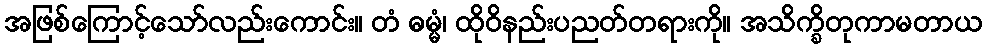
အဖြစ်ကြောင့်သော်လည်းကောင်း။ တံ ဓမ္မံ၊ ထိုဝိနည်းပညတ်တရားကို။ အသိက္ခိတုကာမတာယ